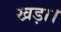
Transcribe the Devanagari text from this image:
खड़ा।